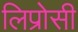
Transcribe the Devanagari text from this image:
लिप्रोसी